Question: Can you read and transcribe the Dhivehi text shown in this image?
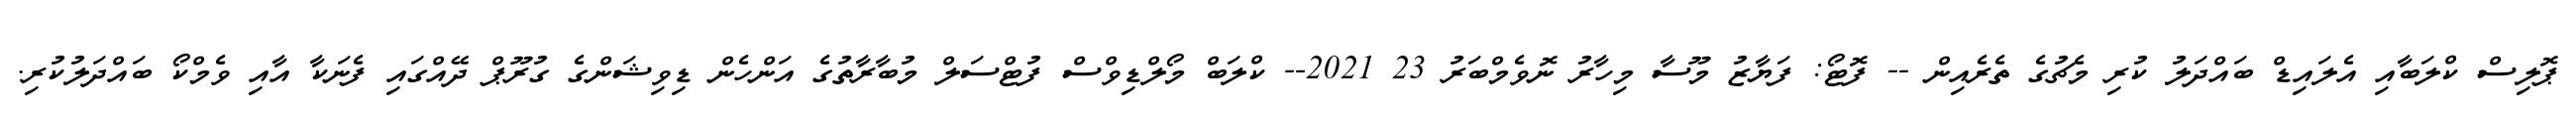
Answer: ޕޮލިސް ކްލަބާއި އެލައިޑް ބައްދަލު ކުރި މެޗުގެ ތެރެއިން -- ފޮޓޯ: ފަޔާޒު މޫސާ މިހާރު ނޮވެމްބަރު 23 2021-- ކްލަބް މޯލްޑިވްސް ފުޓްސަލް މުބާރާތުގެ އަންހެން ޑިވިޝަންގެ ގުރޫޕް ދޭއްގައި ފެނަކާ އާއި ވެމްކޯ ބައްދަލުކުރި.